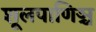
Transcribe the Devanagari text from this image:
शूलपाणिञ्च